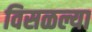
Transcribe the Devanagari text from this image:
विसळल्या